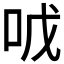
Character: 𱒐